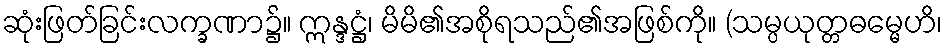
ဆုံးဖြတ်ခြင်းလက္ခဏာ၌။ ဣန္ဒဋ္ဌံ၊ မိမိ၏အစိုရသည်၏အဖြစ်ကို။ (သမ္ပယုတ္တဓမ္မေဟိ၊